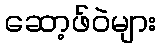
ဆော့ဖ်ဝဲများ